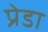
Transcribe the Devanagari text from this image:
प्रेडा